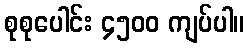
စုစုပေါင်း ၄၅၀၀ ကျပ်ပါ။